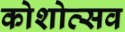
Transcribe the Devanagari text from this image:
कोशोत्सव